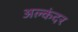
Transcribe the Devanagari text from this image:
अल्कंदर